Document type: Anniversary endowment
Year: 1486
Scribe: Bartomeu Masons
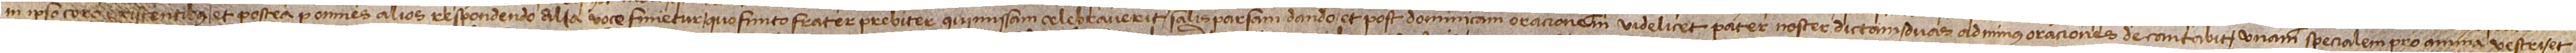
in ipso coro existentibus; et postea per omnes alios respondendo alia voce finietur; quo finito frater prebiter qui missam celebraverit salisparsam dando; et post dominicam oracionem videlicet Pater Noster dictam duas adminus oraciones decantabit, unam specialem pro anima vestri, et